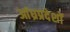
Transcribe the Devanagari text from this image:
आंध्रप्रदेशों